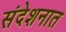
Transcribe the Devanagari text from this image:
संदेशनात